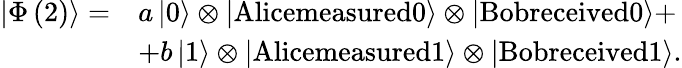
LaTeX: \begin{array}{rl}{\left|\Phi\left(2\right)\right\rangle=}&{a\left|0\right\rangle\otimes\left|\textrm{Alicemeasured0}\right\rangle\otimes\left|\textrm{Bobreceived0}\right\rangle+}\\ &{+b\left|1\right\rangle\otimes\left|\textrm{Alicemeasured1}\right\rangle\otimes\left|\textrm{Bobreceived1}\right\rangle.}\end{array}